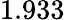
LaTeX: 1.933